Annual administration and progress report of the Indian Medical Department, Bombay
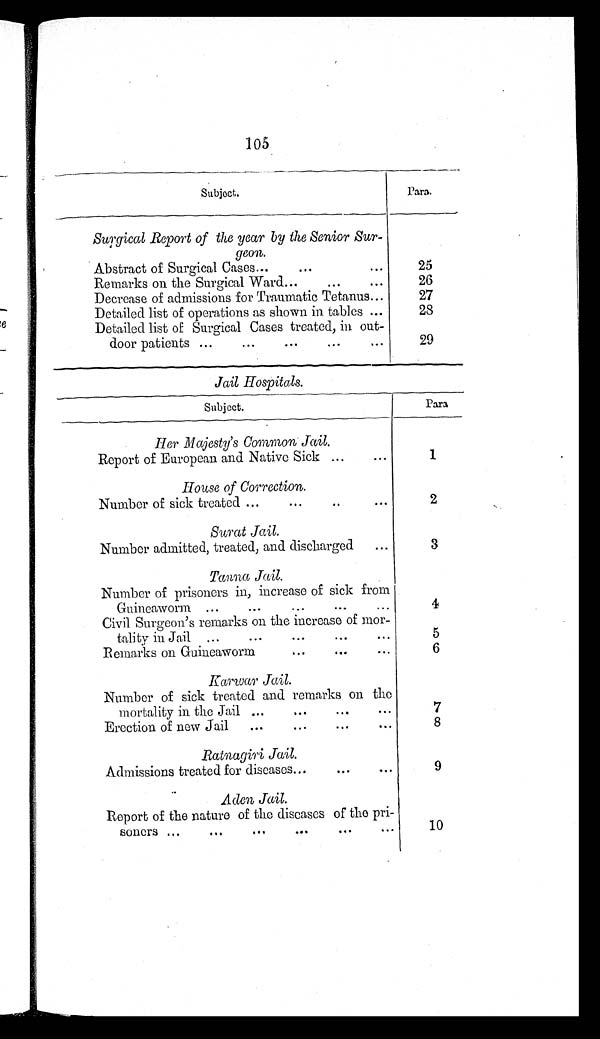
105
Subject.
Para.
Surgical Report of the year by the Senior Sur-
geon.
Abstract of Surgical Cases...
...
...
25
Remarks on the Surgical Ward...
...
...
26
Decrease of admissions for Traumatic Tetanus...
27
Detailed list of operations as shown in tables ...
28
Detailed list of Surgical Cases treated, in out-
door patients ...
...
...
...
...
29
Jail Hospitals.
Subject.
Para.
Her Majesty's Common Jail.
Report of European and Native Sick ...
...
1
House of Correction.
Number of sick treated ...
...
..
...
2
Surat Jail.
Number admitted, treated, and discharged
...
3
Tanna Jai l .
Number of prisoners in, increase of sick from
Guineaworm ...
...
...
...
...
4
Civil Surgeon's remarks on the increase of mor-
tality in Jail ...
...
...
...
...
5
Remarks on Guineaworm
...
...
...
6
karwar Jail.
Number of sick treated and remarks on the
mortality in the Jail ...
... ...
...
7
Erection of new Jail
. . . . . . . . .
...
8
Ratnagiri Jail.
Admissions treated for diseases...
...
...
9
Aden Jail.
Report of the nature of the diseases of the pri-
soners . . . . . . . . . . . . . . . ...
10